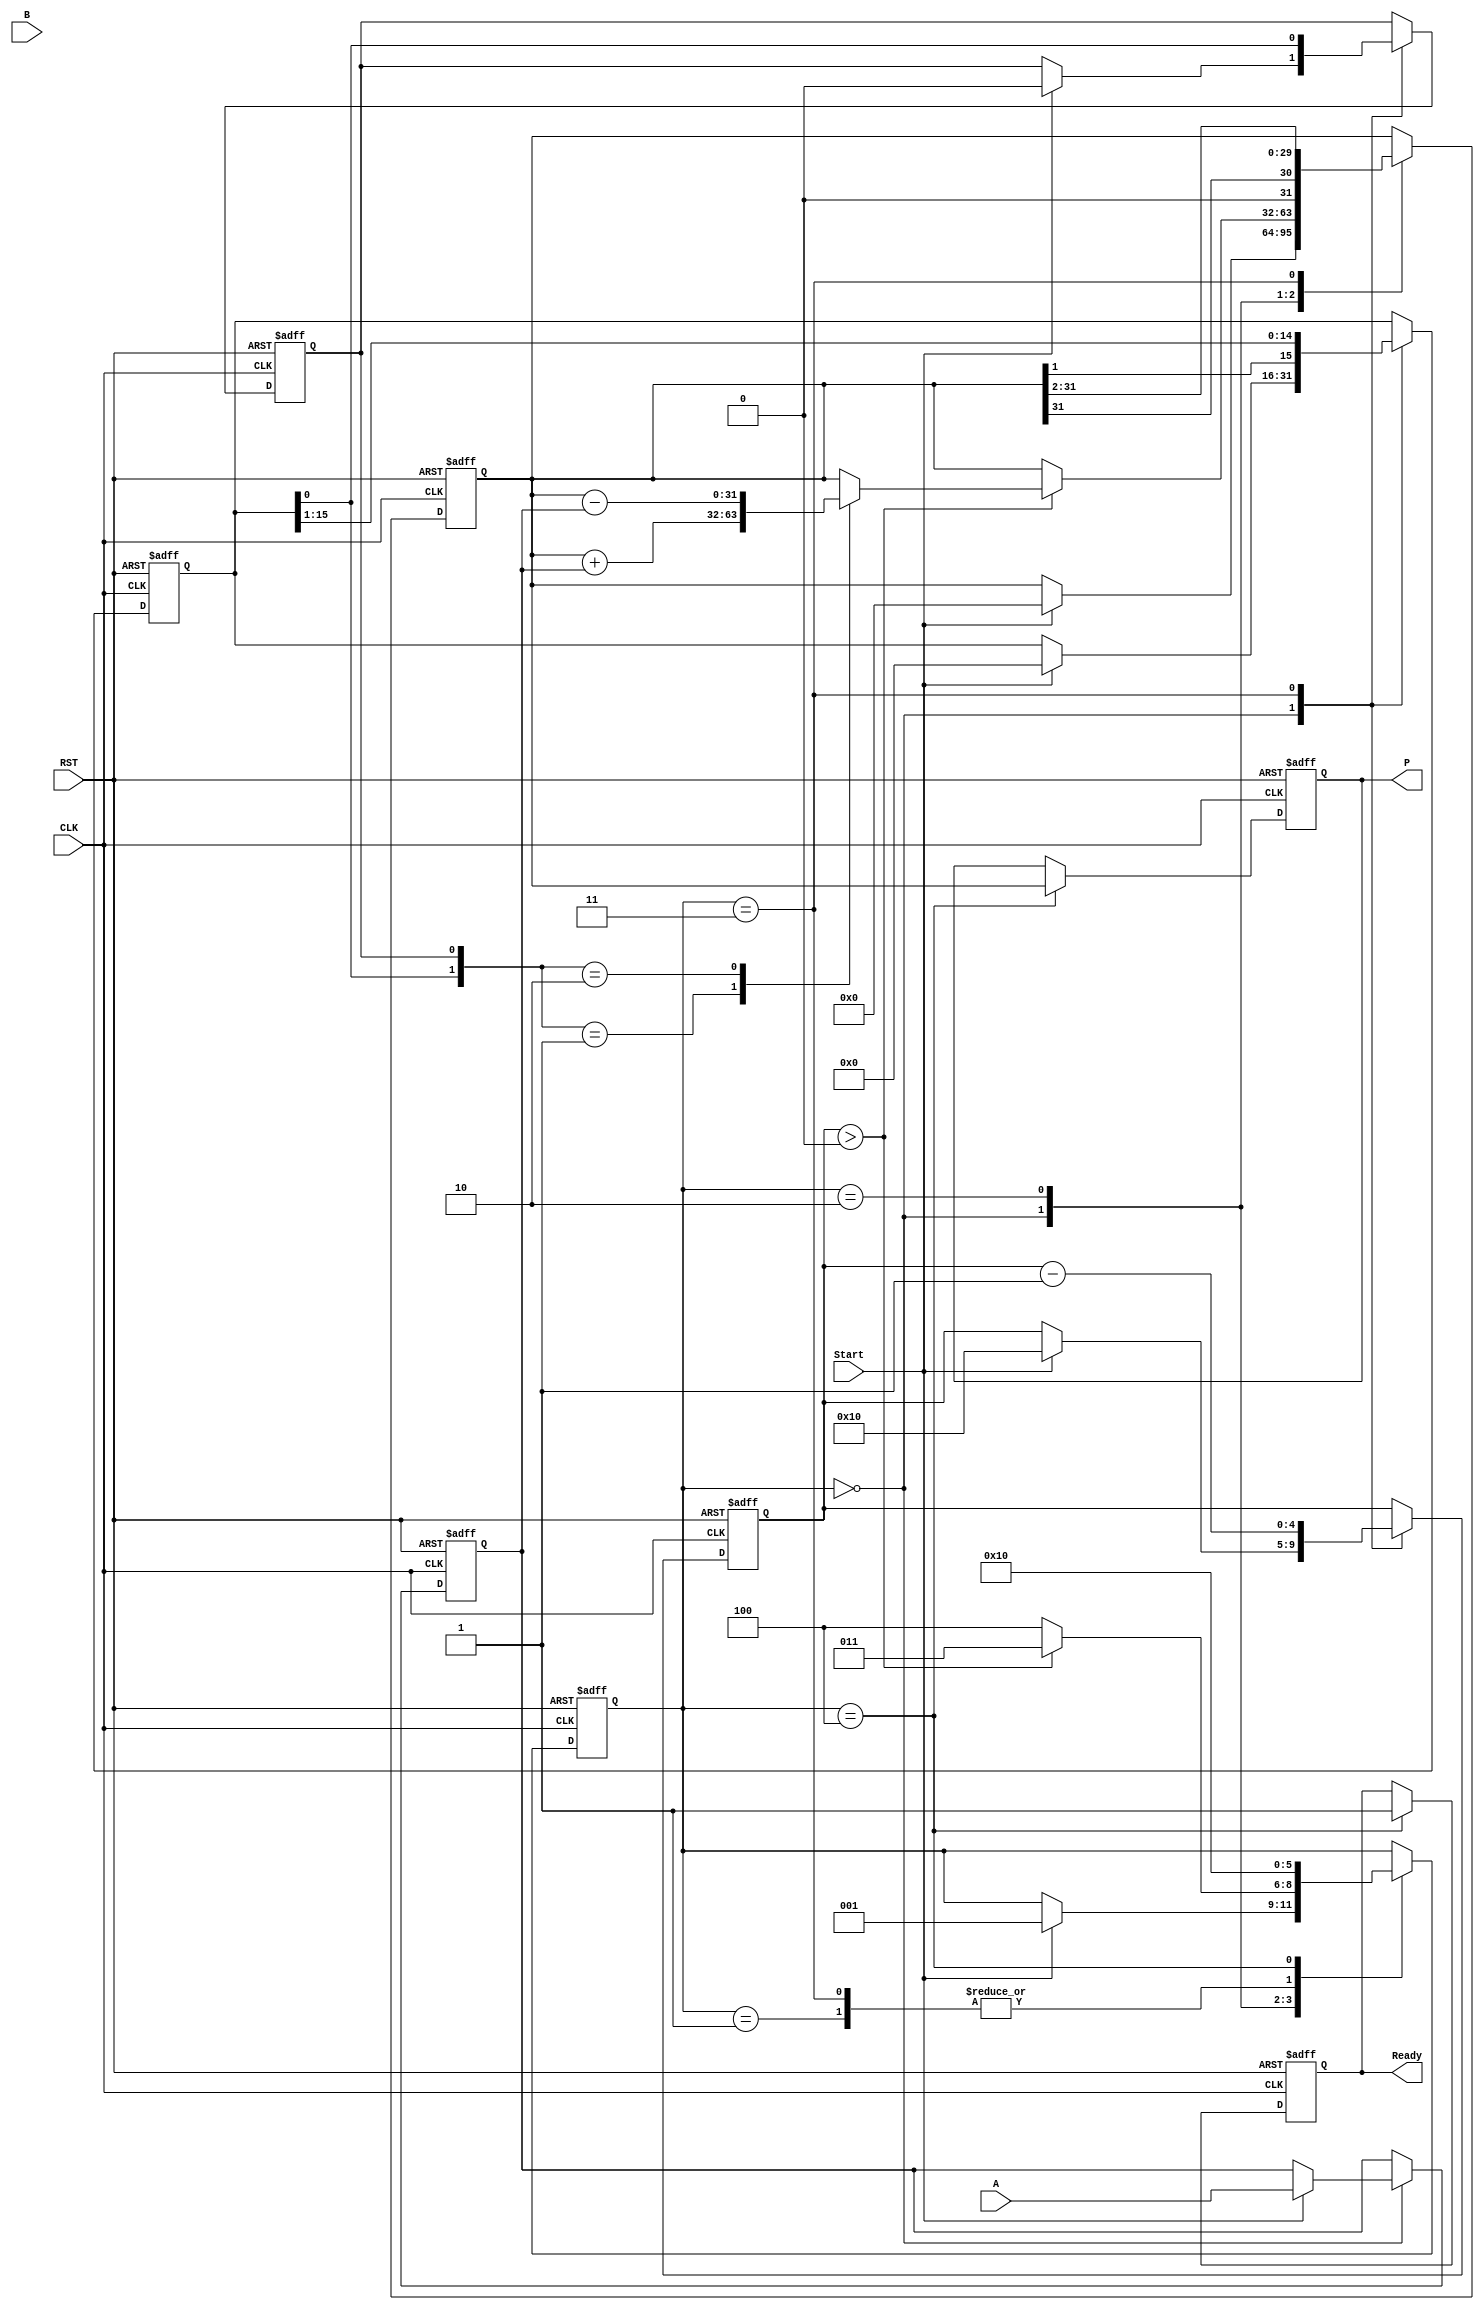
module booth_multiplier (
    input wire [15:0] A,        // Multiplicand
    input wire [15:0] B,        // Multiplier
    input wire Start,           // Control signal to start multiplication
    input wire CLK,             // Clock signal
    input wire RST,             // Reset signal
    output reg [31:0] P,        // Product
    output reg Ready            // Ready signal
);

    reg [15:0] A_reg;           // Multiplicand register
    reg [15:0] B_reg;           // Multiplier register
    reg [15:0] Q_reg;           // Current value of the multiplier
    reg Q_neg1;                 // Previous LSB of Q_reg
    reg [31:0] Product_reg;     // Accumulator for the product
    reg [4:0] count;            // Count for the number of bits processed
    reg [2:0] state;            // State for FSM

    // State encoding
    localparam IDLE = 3'b000,
               INIT = 3'b001,
               COMPUTE = 3'b010,
               SHIFT = 3'b011,
               DONE = 3'b100;

    // Sequential logic for state machine
    always @(posedge CLK or posedge RST) begin
        if (RST) begin
            // Reset all registers and outputs
            P <= 32'b0;
            Product_reg <= 32'b0;
            A_reg <= 16'b0;
            B_reg <= 16'b0;
            Q_reg <= 16'b0;
            Q_neg1 <= 1'b0;
            count <= 5'b0;
            state <= IDLE;
            Ready <= 1'b0;
        end else begin
            case (state)
                IDLE: begin
                    if (Start) begin
                        // Load inputs and initialize
                        A_reg <= A;
                        B_reg <= B;
                        Q_reg <= 16'b0;
                        Q_neg1 <= 1'b0;
                        Product_reg <= 32'b0;
                        count <= 5'd16; // Assuming 16-bit multiplication
                        state <= INIT;
                    end
                end

                INIT: begin
                    // Initialize the registers
                    state <= COMPUTE;
                end

                COMPUTE: begin
                    if (count > 0) begin
                        case ({Q_reg[0], Q_neg1})
                            2'b01: Product_reg <= Product_reg + {16'b0, A_reg}; // Add
                            2'b10: Product_reg <= Product_reg - {16'b0, A_reg}; // Subtract
                            default: ; // No operation
                        endcase
                        // Shift operation
                        state <= SHIFT;
                    end else begin
                        state <= DONE; // All bits processed
                    end
                end

                SHIFT: begin
                    // Right shift Product_reg and Q_reg
                    {Product_reg, Q_reg} <= {Product_reg[31], Product_reg[31:1], Q_reg[15:1]};
                    Q_neg1 <= Q_reg[0]; // Update Q_neg1
                    count <= count - 1; // Decrement count
                    state <= COMPUTE; // Go back to compute
                end

                DONE: begin
                    P <= Product_reg; // Store final product
                    Ready <= 1'b1; // Indicate completion
                    state <= IDLE; // Go back to idle
                end
            endcase
        end
    end
endmodule